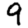
Digit: 9